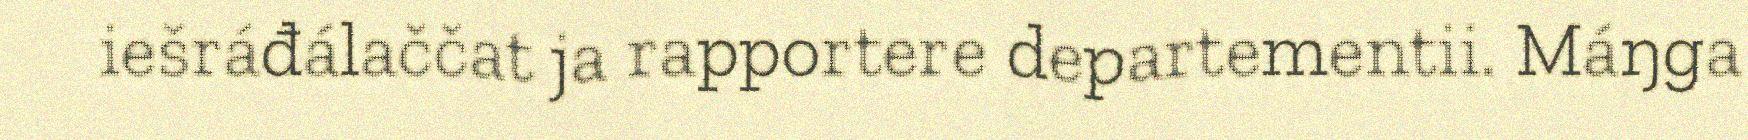
iešráđálaččat ja rapportere departementii. Máŋga